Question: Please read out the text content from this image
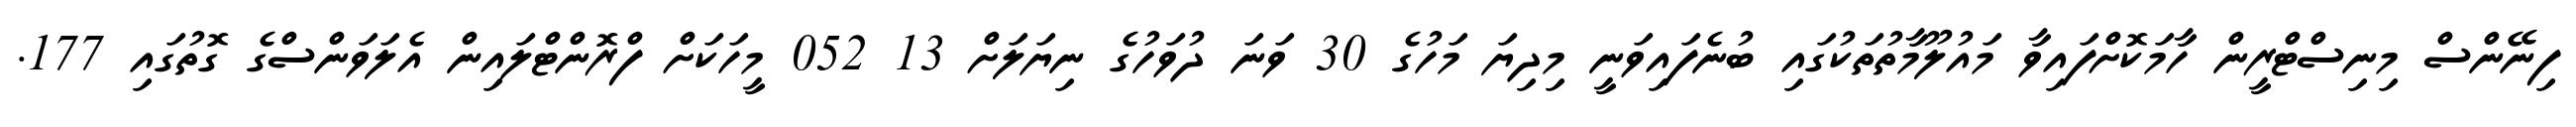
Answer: ފިނޭންސް މިނިސްޓްރީން ހާމަކޮށްފައިވާ މައުލޫމާތުތަކުގައި ބުނެފައިވަނީ މިދިޔަ މަހުގެ 30 ވަނަ ދުވަހުގެ ނިޔަލަށް 13 052 މީހަކަށް ފްރޮންޓްލައިން އެލަވަންސްގެ ގޮތުގައި 177.